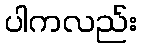
ပါကလည်း